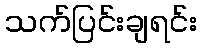
သက်ပြင်းချရင်း